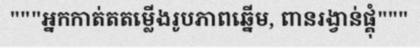
"""អ្នកកាត់តតម្លើងរូបភាពឆ្នើម, ពានរង្វាន់ផ្គុំ"""